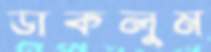
ডাকলুম